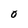
Character: O